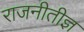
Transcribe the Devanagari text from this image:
राजनीतीज्ञ